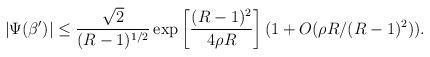
LaTeX: \begin{align*}|\Psi(\beta')|\leq {\sqrt{2}\over(R-1)^{1/2}}\exp\left[{(R-1)^2\over4\rho R}\right] (1+O(\rho R/(R-1)^2)).\end{align*}